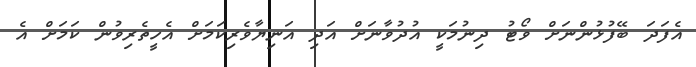
އެފަދަ ބޭފުޅުންނަށް ވޯޓު ދިނުމަކީ އުދުވާނަށް އަދި އަނިޔާވެރިކަމަށް އެހީތެރިވުން ކަމަށް އެ